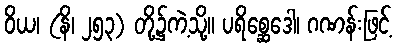
ဝိယ၊ (နိ၊ ၂၅၃) တို့၌ကဲ့သို့။ ပရိစ္ဆေဒေါ၊ ဂဏန်းဖြင့်